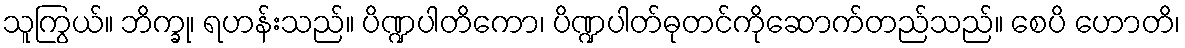
သူကြွယ်။ ဘိက္ခု၊ ရဟန်းသည်။ ပိဏ္ဍပါတိကော၊ ပိဏ္ဍပါတ်ဓုတင်ကိုဆောက်တည်သည်။ စေပိ ဟောတိ၊